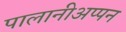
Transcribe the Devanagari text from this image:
पालानीअप्पन